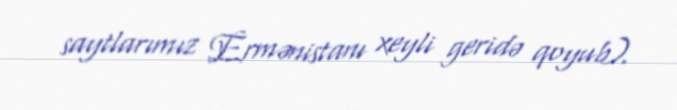
saytlarımız Ermənistanı xeyli geridə qoyub).